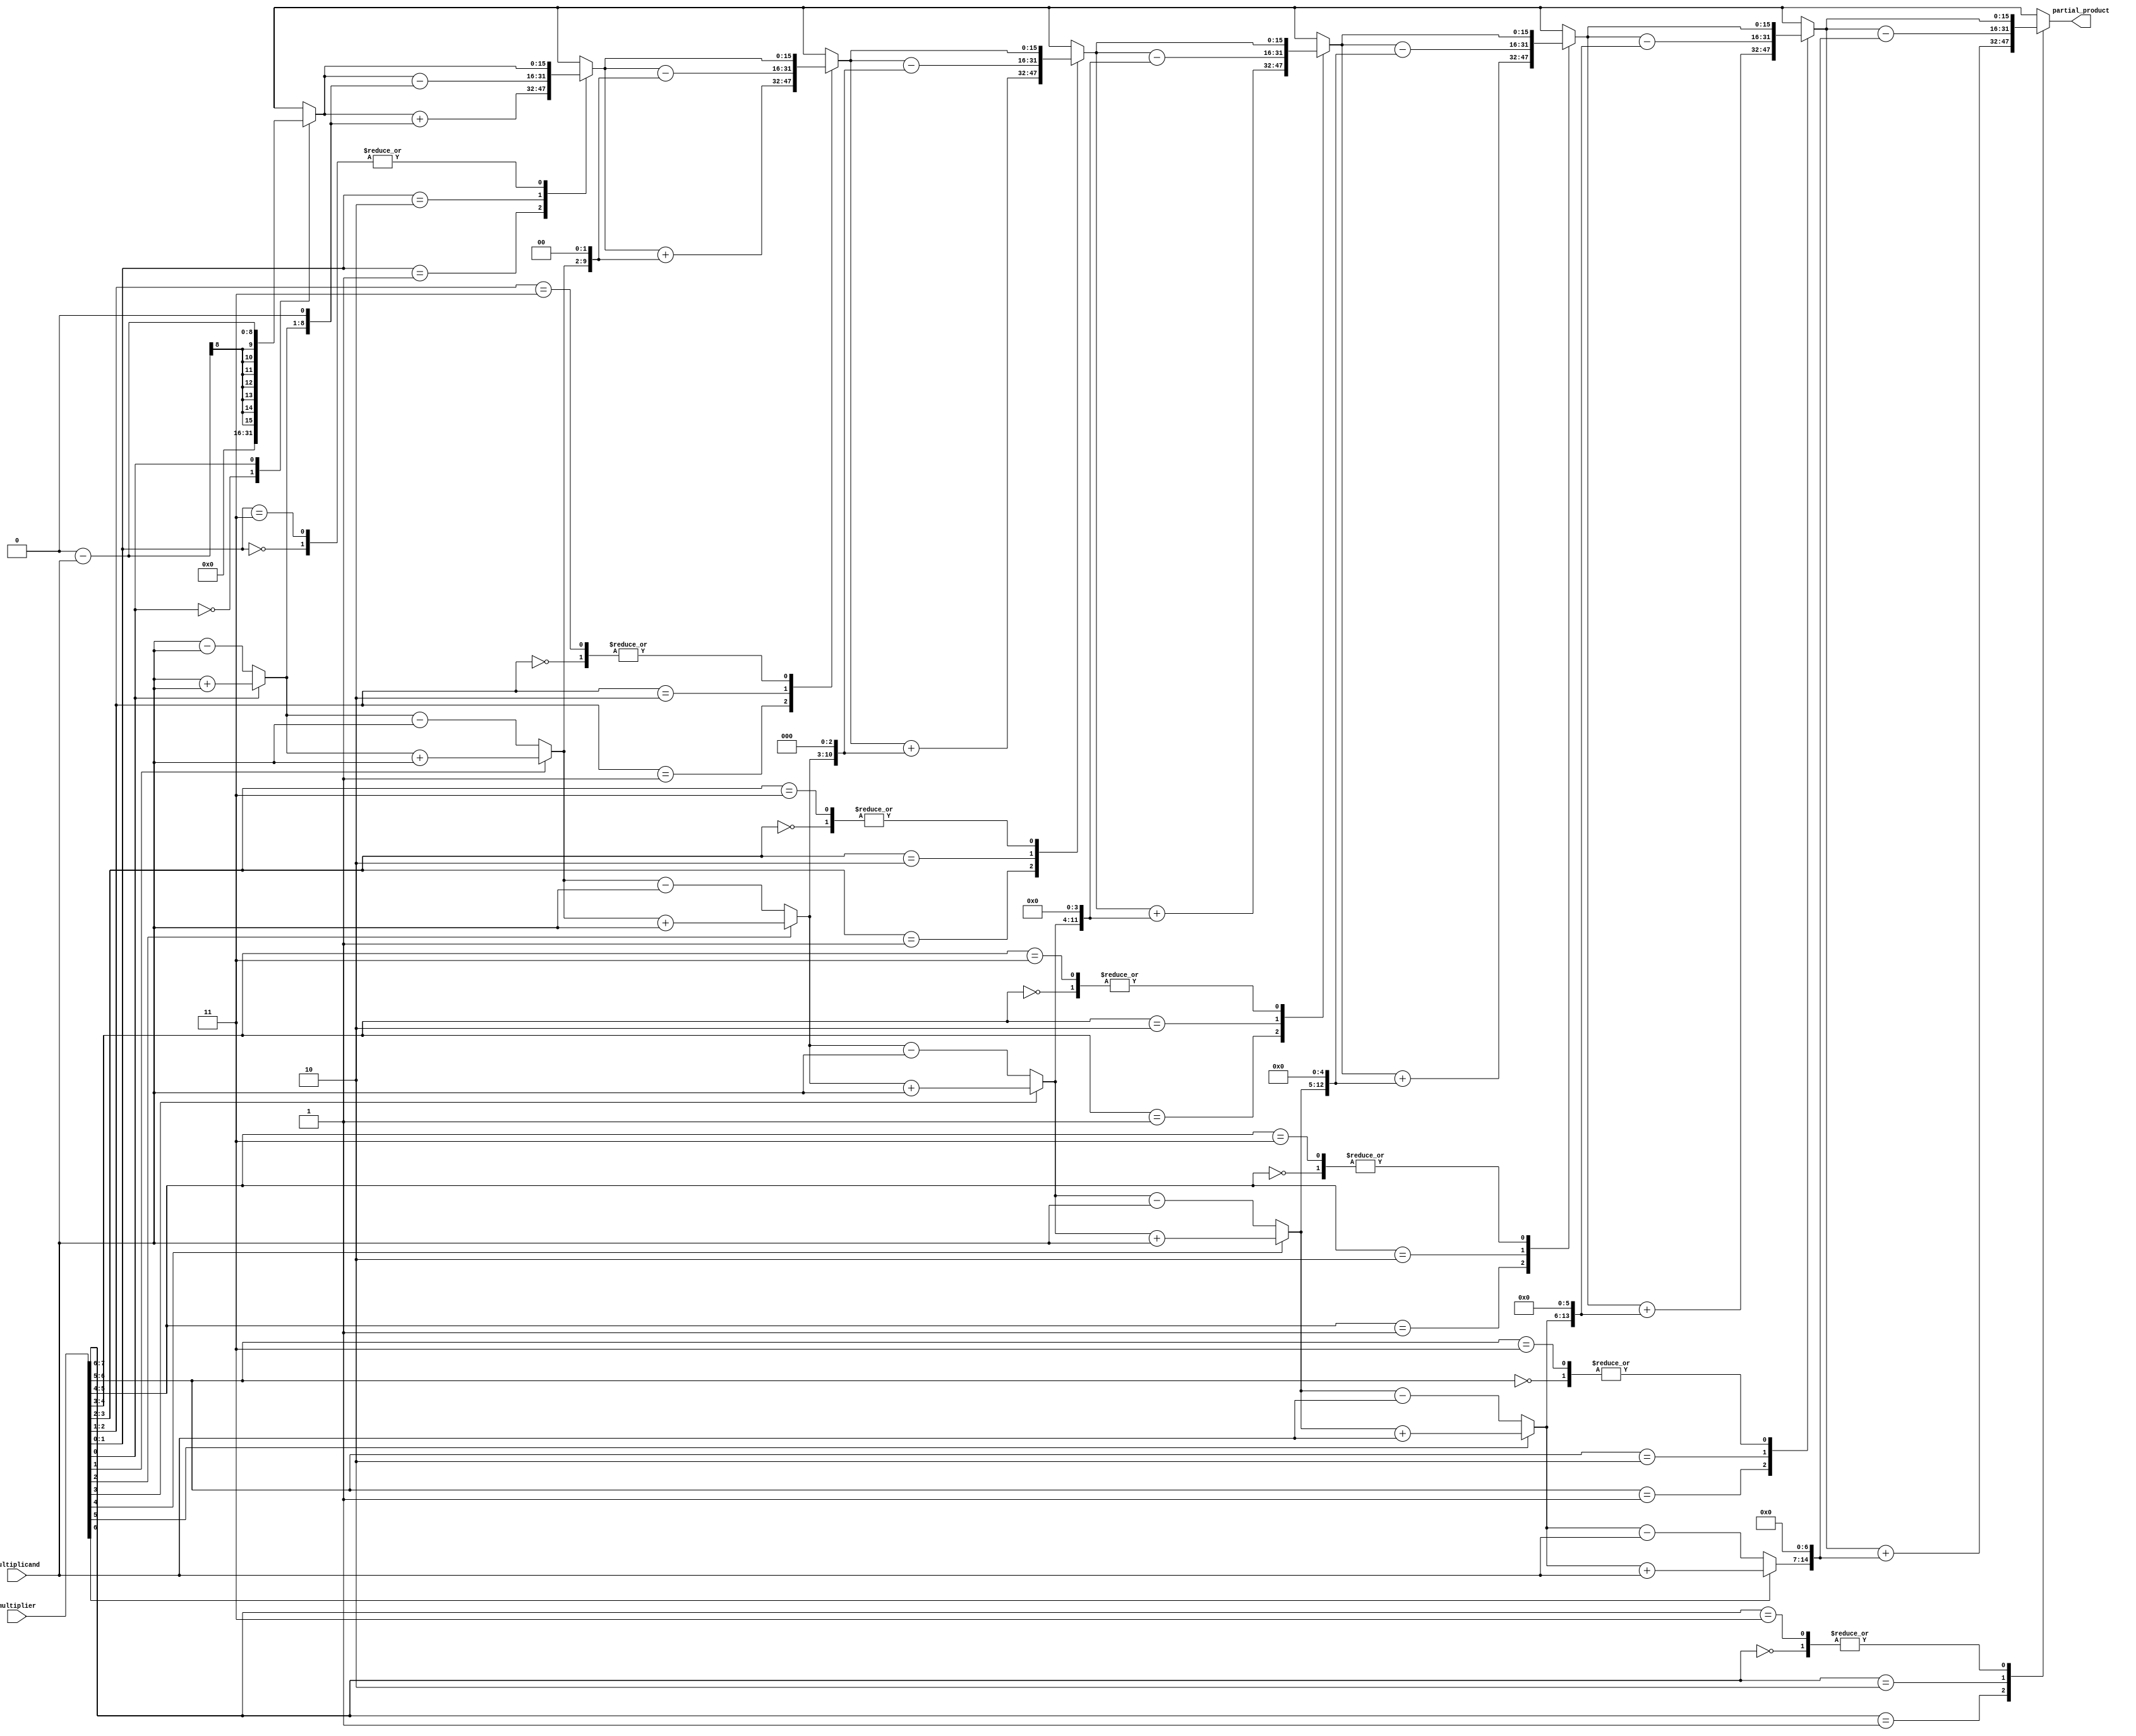
module BoothEncoder(
    input [7:0] multiplicand,
    input [7:0] multiplier,
    output reg [15:0] partial_product
);
    reg [7:0] A, Q;
    reg Qn;
    integer i;

    always @(*) begin
        A = multiplicand;
        Q = multiplier;
        Qn = 0; // Initialize Qn to 0
        partial_product = 0;

        for(i = 0; i < 8; i = i + 1) begin
            case ({Q[0], Qn})
                2'b00: partial_product = partial_product; // Do nothing
                2'b01: partial_product = partial_product + (A << i); // Add
                2'b10: partial_product = partial_product - (A << i); // Subtract
                2'b11: partial_product = partial_product; // Do nothing
            endcase
            
            // Arithmetic right shift
            Qn = Q[0];
            Q = {A[7], Q[7:1]};
            A = (Qn) ? (A + multiplicand) : (A - multiplicand);
        end
    end
endmodule